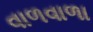
વાળવાળા